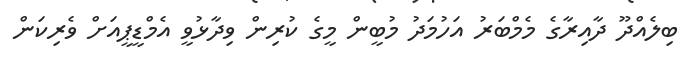
ބިލެއްދޫ ދާއިރާގެ މެމްބަރު އަހުމަދު މުބީން މީގެ ކުރިން ވިދާޅުވީ އެމްޑީޕީއަށް ވެރިކަން